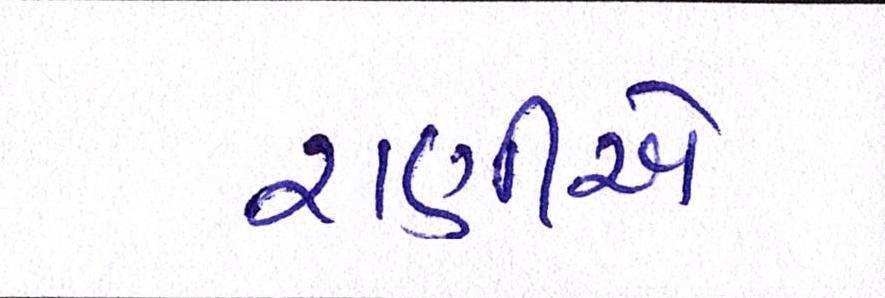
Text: રાણીએ